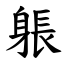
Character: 躼